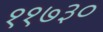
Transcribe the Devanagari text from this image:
११७३०